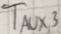
Text: TAUX,3